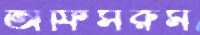
অফিসরুম